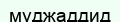
муджаддид